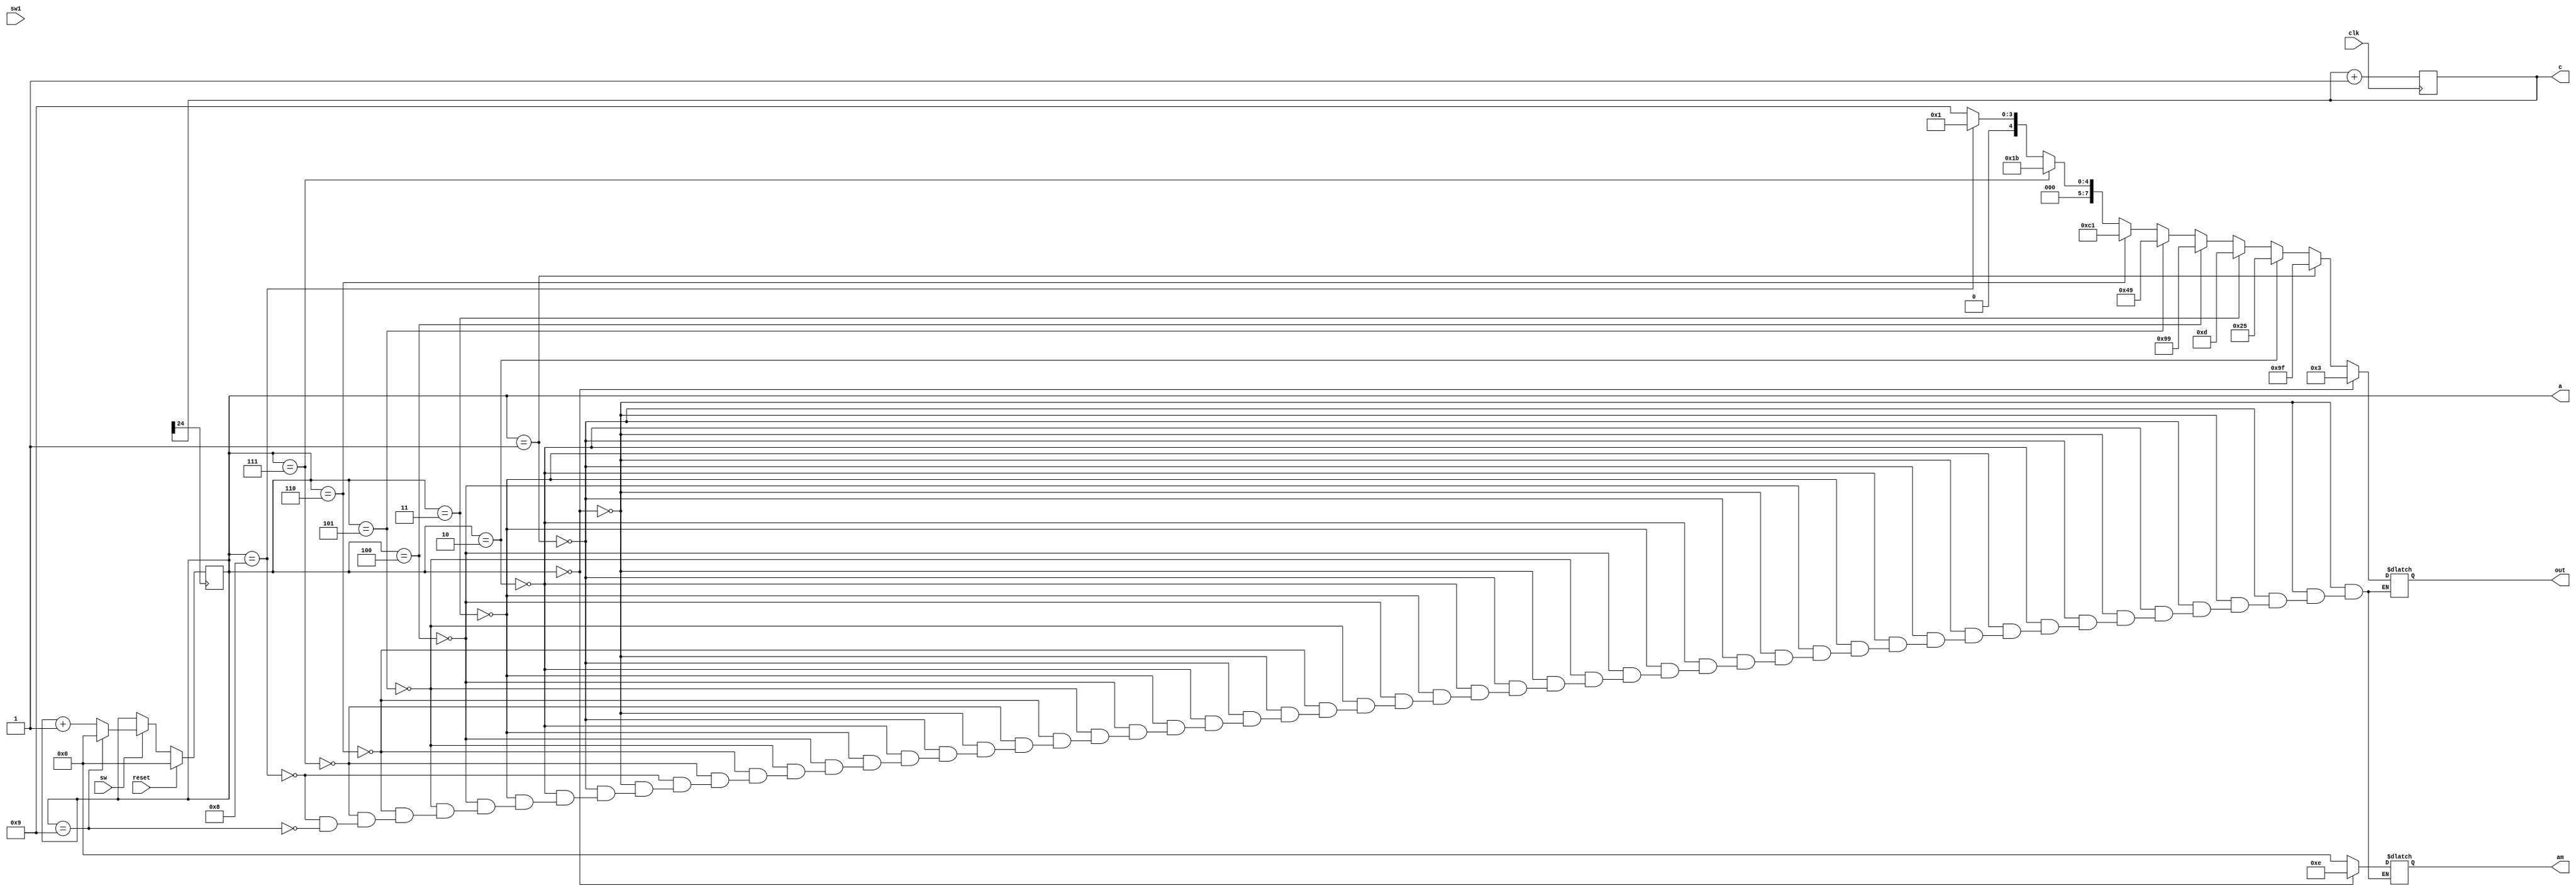
module fsdfds(clk, reset, a, c, am, out,sw,sw1);
    input clk;
    input reset;
	 input sw;
	 input sw1;
    output reg[3:0] a;
    output reg[24:0] c=0;
    output reg[3:0] am;
    output reg[7:0] out;
always@(posedge clk)
c=c+1;
always@(posedge c[24])
begin
	if (reset)
	begin
	a=0;
	end
	
	else if (sw)
	begin
	if (a==4'd9)
	a=0;
	else 
	a=a+1;
	end
	
	else
	a=a;
end

always@(a)
begin
if 		(a==4'd0) begin out=8'b00000011; am=4'b1110; end
else if  (a==4'd1) begin out=8'b10011111; am=0; end
else if  (a==4'd2) begin out=8'b00100101; am=0; end
else if  (a==4'd3) begin out=8'b00001101; am=0; end
else if  (a==4'd4) begin out=8'b10011001; am=0; end
else if  (a==4'd5) begin out=8'b01001001; am=0; end
else if  (a==4'd6) begin out=8'b11000001; am=0; end
else if  (a==4'd7) begin out=8'b00011011; am=0; end
else if  (a==4'd8) begin out=8'b00000001; am=0; end
else if  (a==4'd9) begin out=8'b00001001; am=0; end
end
endmodule